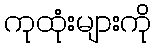
ကုထုံးများကို